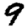
Digit: 9